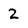
Character: 2